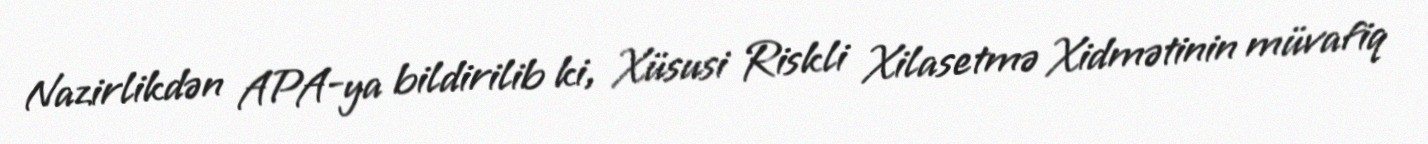
Nazirlikdən APA-ya bildirilib ki, Xüsusi Riskli Xilasetmə Xidmətinin müvafiq